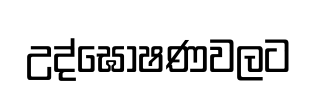
උද්ඝෝෂණවලට